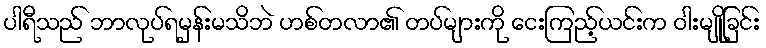
ပါရီသည် ဘာလုပ်ရမှန်းမသိဘဲ ဟစ်တလာ၏ တပ်များကို ငေးကြည့်ယင်းက ဝါးမျိုခြင်း